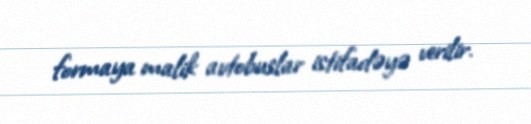
formaya malik avtobuslar istifadəyə verilir.